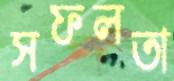
সফলতা